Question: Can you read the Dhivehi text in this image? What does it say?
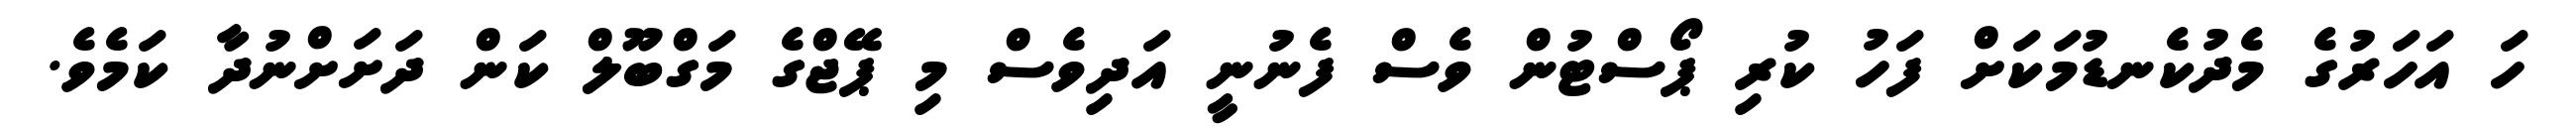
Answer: ހަ އަހަރުގެ މެދުކެނޑުމަކަށް ފަހު ކުރި ޕޯސްޓުން ވެސް ފެނުނީ އަދިވެސް މި ޕޭޖްގެ މަގްބޫލް ކަން ދަށަށްނުދާ ކަމެވެ.